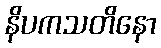
နိပကသတိနော